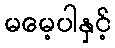
မမေ့ပါနှင့်